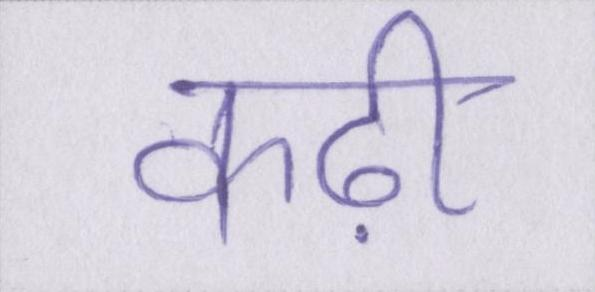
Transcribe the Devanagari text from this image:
कढ़ी